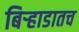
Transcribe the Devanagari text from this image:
बिऱ्हाडातच